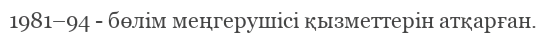
1981–94 - бөлім меңгерушісі қызметтерін атқарған.